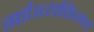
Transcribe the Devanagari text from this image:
गई।व्यक्तिगत